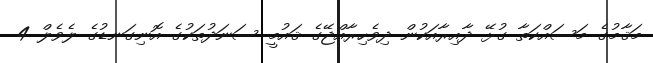
މަޤާމުގެ މަސައްކަތާ ގުޅޭ ދާއިރާއަކުން ދިވެހިރާއްޖޭގެ ޤައުމީ ސަނަދުތަކުގެ އޮނިގަނޑުގެ ލެވެލް 4